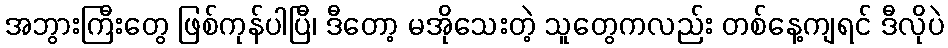
အဘွားကြီးတွေ ဖြစ်ကုန်ပါပြီ၊ ဒီတော့ မအိုသေးတဲ့ သူတွေကလည်း တစ်နေ့ကျရင် ဒီလိုပဲ